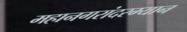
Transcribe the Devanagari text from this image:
महानगरांदरम्यान